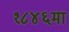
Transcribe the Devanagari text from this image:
१८४६मा